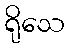
ရိုသေ